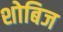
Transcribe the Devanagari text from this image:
शोबिज